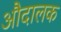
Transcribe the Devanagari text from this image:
औदालक